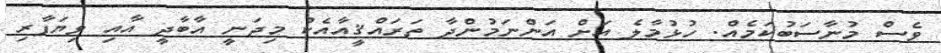
ވެސް މުނާސަބުކަމެއް. ހުޅުމާލެ އަށް އަންނަމުންދާ ތަރައްޤީއާއެކު މިދަނީ އާބާދީ އާއި ވިޔަފާރި